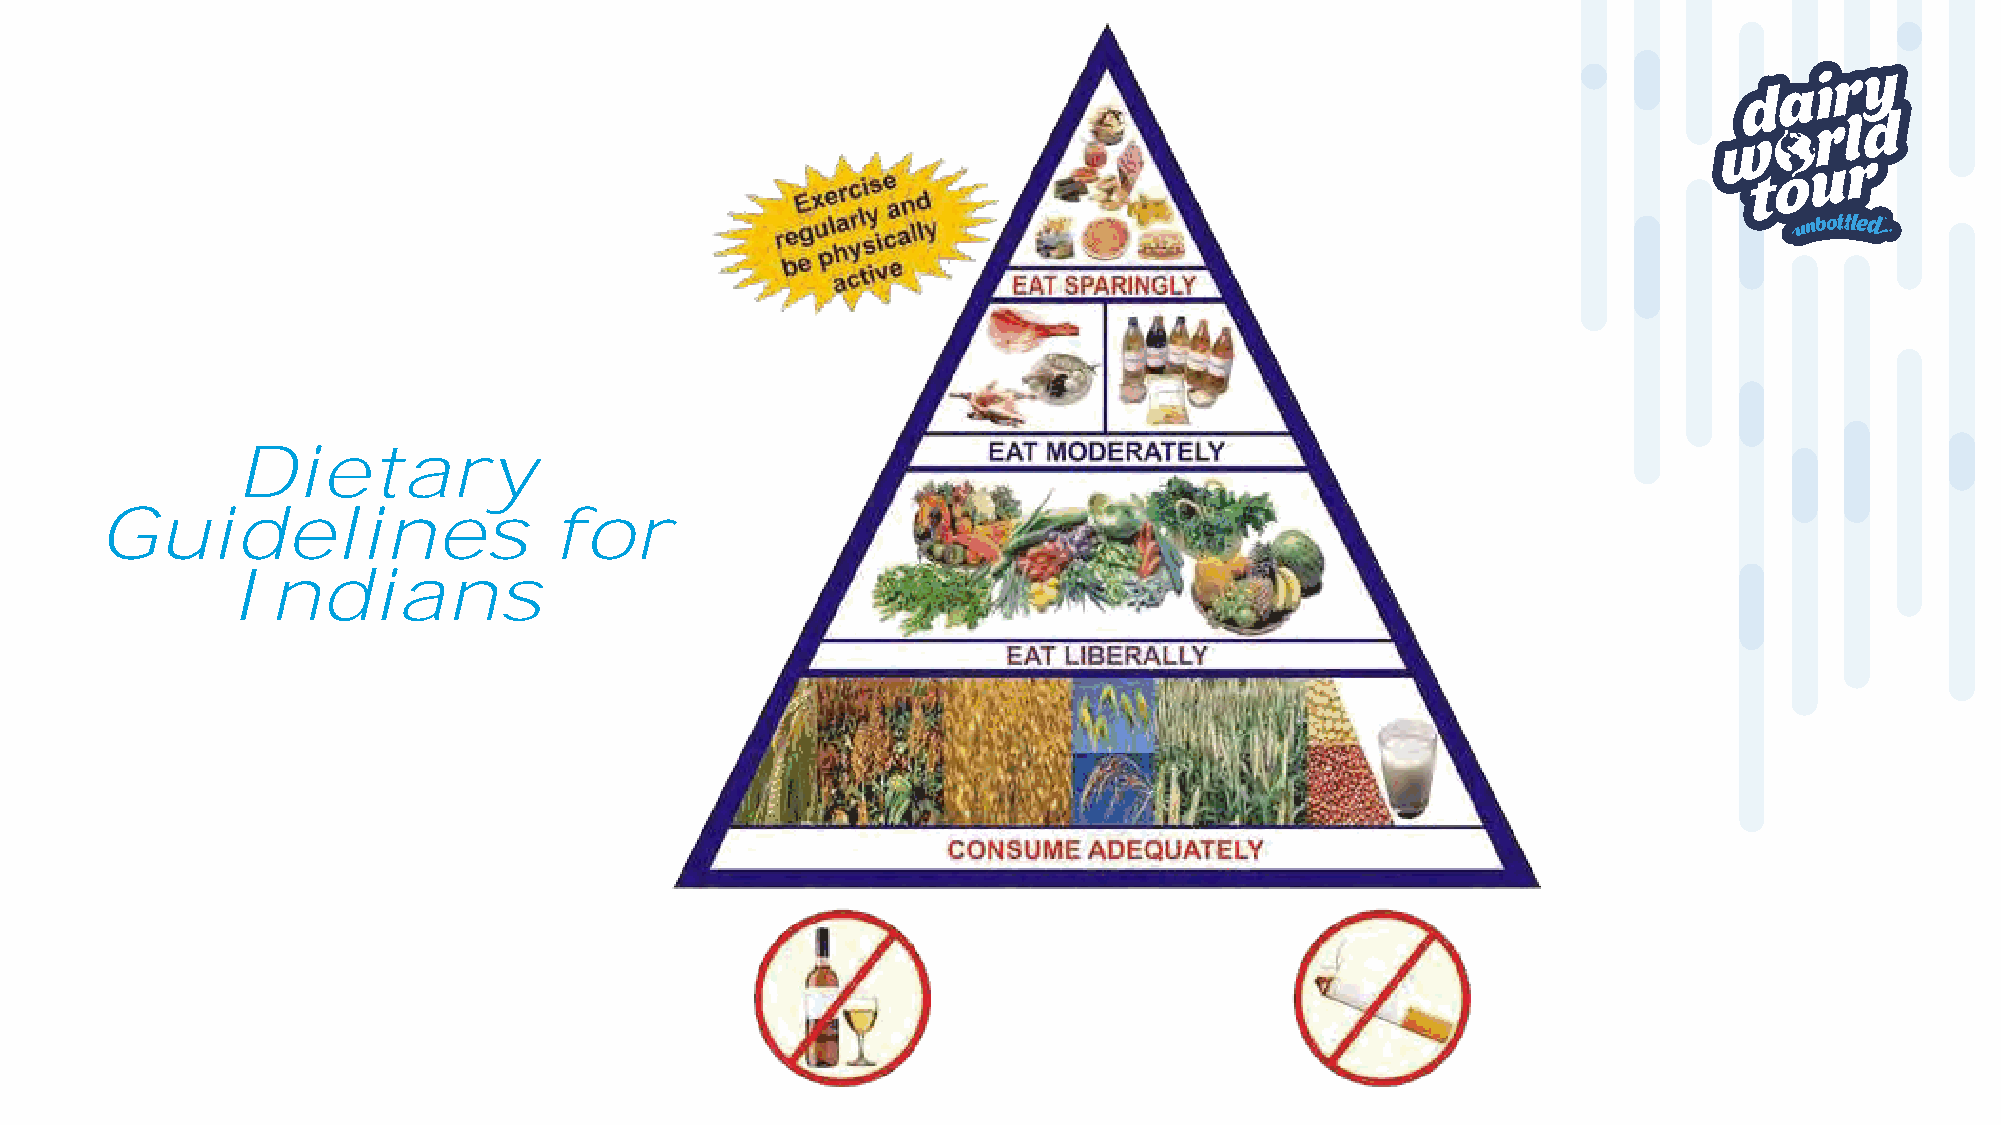
Dietary
 Guidelines                    for
 Indians